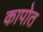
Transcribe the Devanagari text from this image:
कापोत